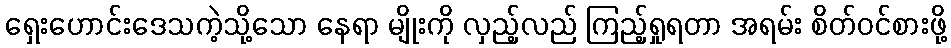
ရှေးဟောင်းဒေသကဲ့သို့သော နေရာ မျိုးကို လှည့်လည် ကြည့်ရှုရတာ အရမ်း စိတ်ဝင်စားဖို့